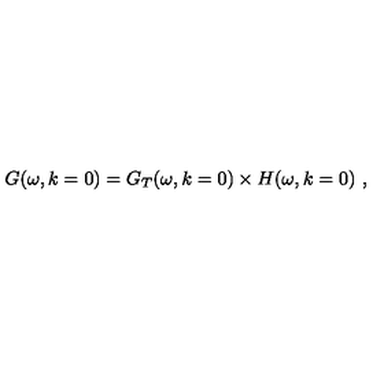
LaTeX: G ( \omega , k = 0 ) = G _ { T } ( \omega , k = 0 ) \times H ( \omega , k = 0 ) \ ,